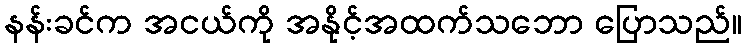
နန်းခင်က အငယ်ကို အနိုင့်အထက်သဘော ပြောသည်။